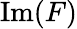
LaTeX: {\mathrm{Im}}(F)